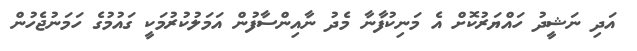
އަދި ނަޝީދު ހައްޔަރުކޮށް އެ މަނިކުފާނާ މެދު ނާއިންސާފުން އަމަލުކުރުމަކީ ގައުމުގެ ހަމަނުޖެހުން